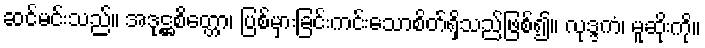
ဆင်မင်းသည်။ အဒုဋ္ဌစိတ္တော၊ ပြစ်မှားခြင်းကင်းသောစိတ်ရှိသည်ဖြစ်၍။ လုဒ္ဒကံ၊ မူဆိုးကို။